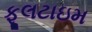
ફૂલટાઇમ